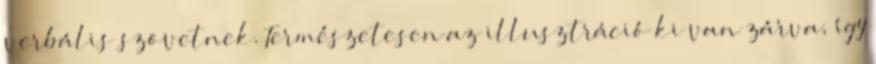
verbális szövetnek. Természetesen az illusztráció ki van zárva, így